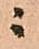
ニ